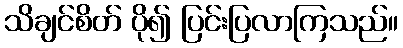
သိချင်စိတ် ပို၍ ပြင်းပြလာကြသည်။